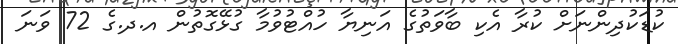
ކުޑަކުދިންނަށް ކުރާ އެކި ބާވަތުގެ އަނިޔާ ހުއްޓުވުމާ ގުޅޭގޮތުން އ.ދ.ގެ 72 ވަނަ